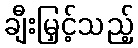
ချီးမြှင့်သည့်